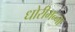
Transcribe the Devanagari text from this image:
धोरीमन्ना